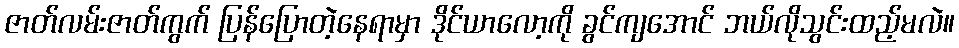
ဇာတ်လမ်းဇာတ်ကွက် ပြန်ပြောတဲ့နေရာမှာ ဒိုင်ယာလော့ကို ခွင်ကျအောင် ဘယ်လိုသွင်းထည့်မလဲ။